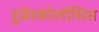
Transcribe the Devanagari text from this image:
टुबेरकोलोसिस